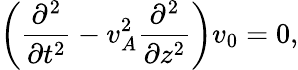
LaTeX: \left(\frac{\partial^{2}}{\partial t^{2}}-v_{A}^{2}\frac{\partial^{2}}{\partial z^{2}}\right)v_{0}=0,